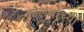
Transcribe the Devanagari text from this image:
कोलंबोच्या